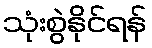
သုံးစွဲနိုင်ရန်